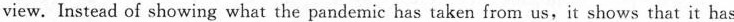
view. Instead of showing what the pandemic has taken from us,it shows that it has